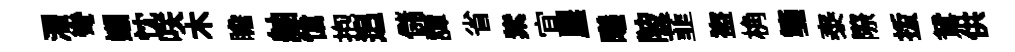
濯彎嬾忱咲木瞻舳愴抱追儲譚省紫宜農曦陂韮盜桷箋泰際㧞鴛供